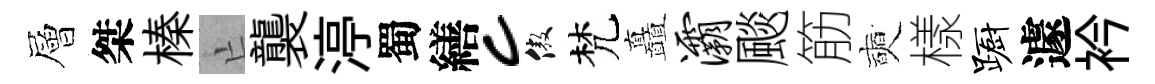
層桀榛亡襲渟蜀繕c傲梵矗灞颷筋奭樣蹰遽衿